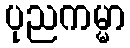
ပုညကမ္မာ